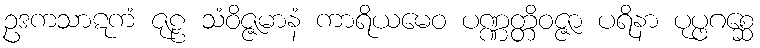
ဥဒကသာဋကံ ဇုဠ သံဝိဇ္ဇမာနံ ကာရိယမေဝ ပဏ္ဏတ္တိဝဇ္ဇာ ပရိနာ ပုပ္ဖဂစ္ဆေ